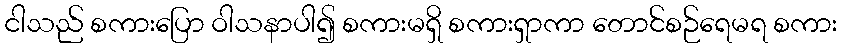
ငါသည် စကားပြော ဝါသနာပါ၍ စကားမရှိ စကားရှာကာ တောင်စဉ်ရေမရ စကား